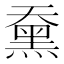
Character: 䵡